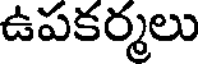
ఉపకర్మలు